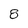
Character: 8